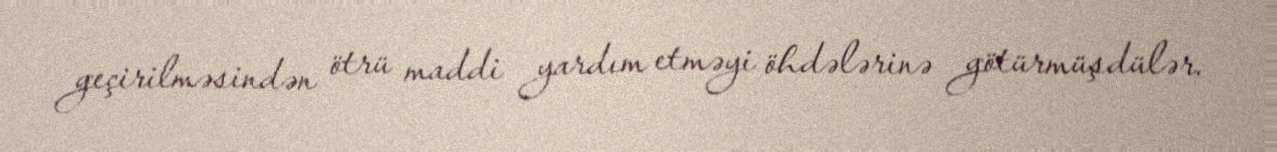
geçirilməsindən ötrü maddi yardım etməyi öhdələrinə götürmüşdülər.